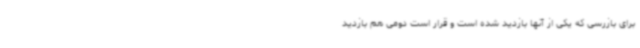
برای بازرسی که یکی از آنها بازدید شده است و قرار است دومی هم بازدید